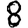
Digit: 8